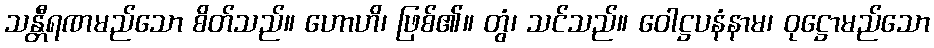
သန္တီရဏမည်သော စိတ်သည်။ ဟောဟိ၊ ဖြစ်၏။ တွံ၊ သင်သည်။ ဝေါဋ္ဌပနံနာမ၊ ဝုဋ္ဌောမည်သော